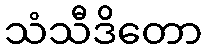
သံသီဒိတော